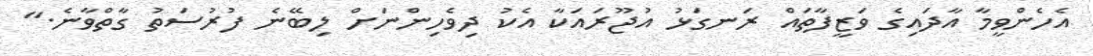
އެހެންވީމާ އާދައިގެ ވަޒީފާތައް ރަނގަޅު އުޖޫރައަކާ އެކު ދިވެހިންނަށް ލިބޭނެ ފުރުސަތު ގާތްވާނެ."